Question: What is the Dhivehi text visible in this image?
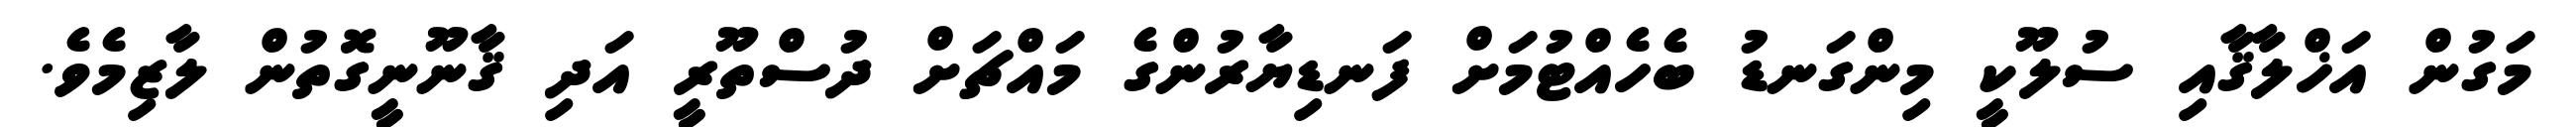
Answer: މަގުން އަޚްލާޤާއި ސުލޫކީ މިންގަނޑު ބެހެއްޓުމަށް ފަނޑިޔާރުންގެ މައްޗަށް ދުސްތޫރީ އަދި ޤާނޫނީގޮތުން ލާޒިމެވެ.